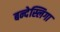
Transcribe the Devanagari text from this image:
बन्देस्लिगा